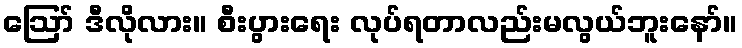
ဪ ဒီလိုလား။ စီးပွားရေး လုပ်ရတာလည်းမလွယ်ဘူးနော်။